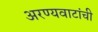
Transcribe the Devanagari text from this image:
अरण्यवाटांची